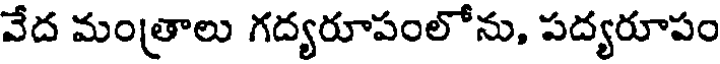
వేద మంత్రాలు గద్యరూపంలోను, పద్యరూపం